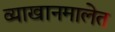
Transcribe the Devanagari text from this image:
व्याखानमालेत